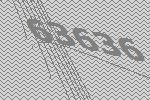
63636